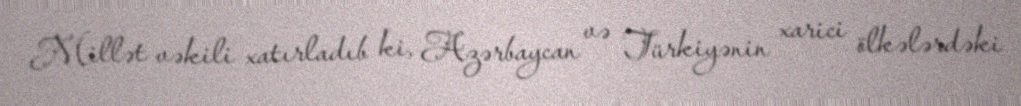
Millət vəkili xatırladıb ki, Azərbaycan və Türkiyənin xarici ölkələrdəki